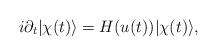
LaTeX: \begin{align*}i \partial_t |\chi(t)\rangle = H(u(t))|\chi(t)\rangle,\end{align*}